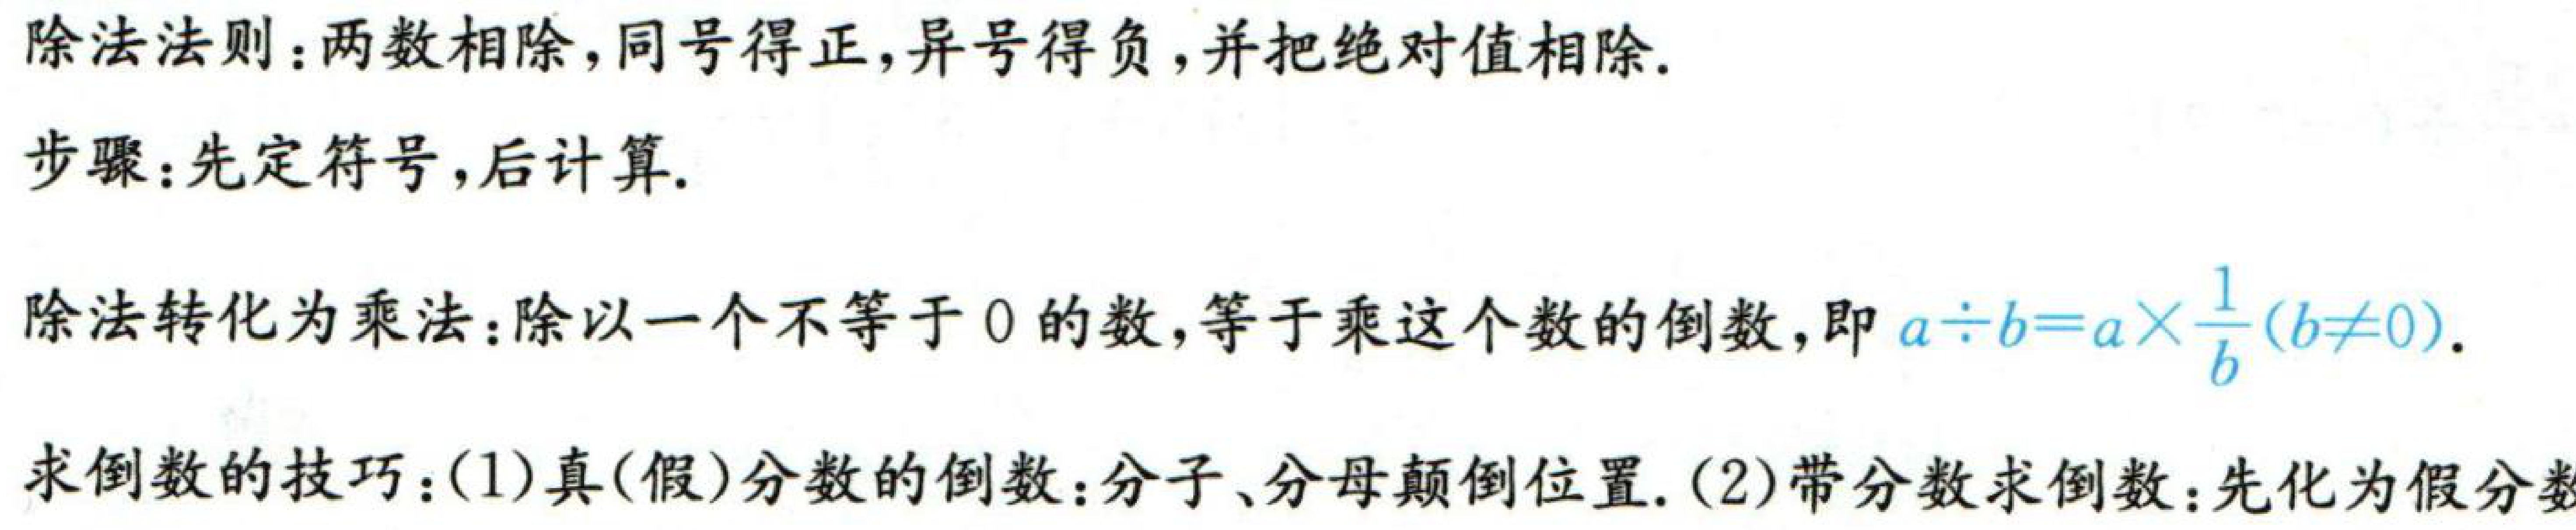
除法法则：两数相除，同号得正，异号得负，并把绝对值相除。
步骤：先定符号，后计算。
除法转化为乘法：除以一个不等于 \(0\) 的数，等于乘这个数的倒数，即 \(a\div b = a\times\frac{1}{b}(b\neq0)\)。
求倒数的技巧：(1)真(假)分数的倒数：分子、分母颠倒位置. (2)带分数求倒数：先化为假分数